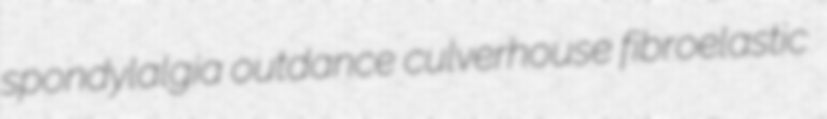
spondylalgia outdance culverhouse fibroelastic